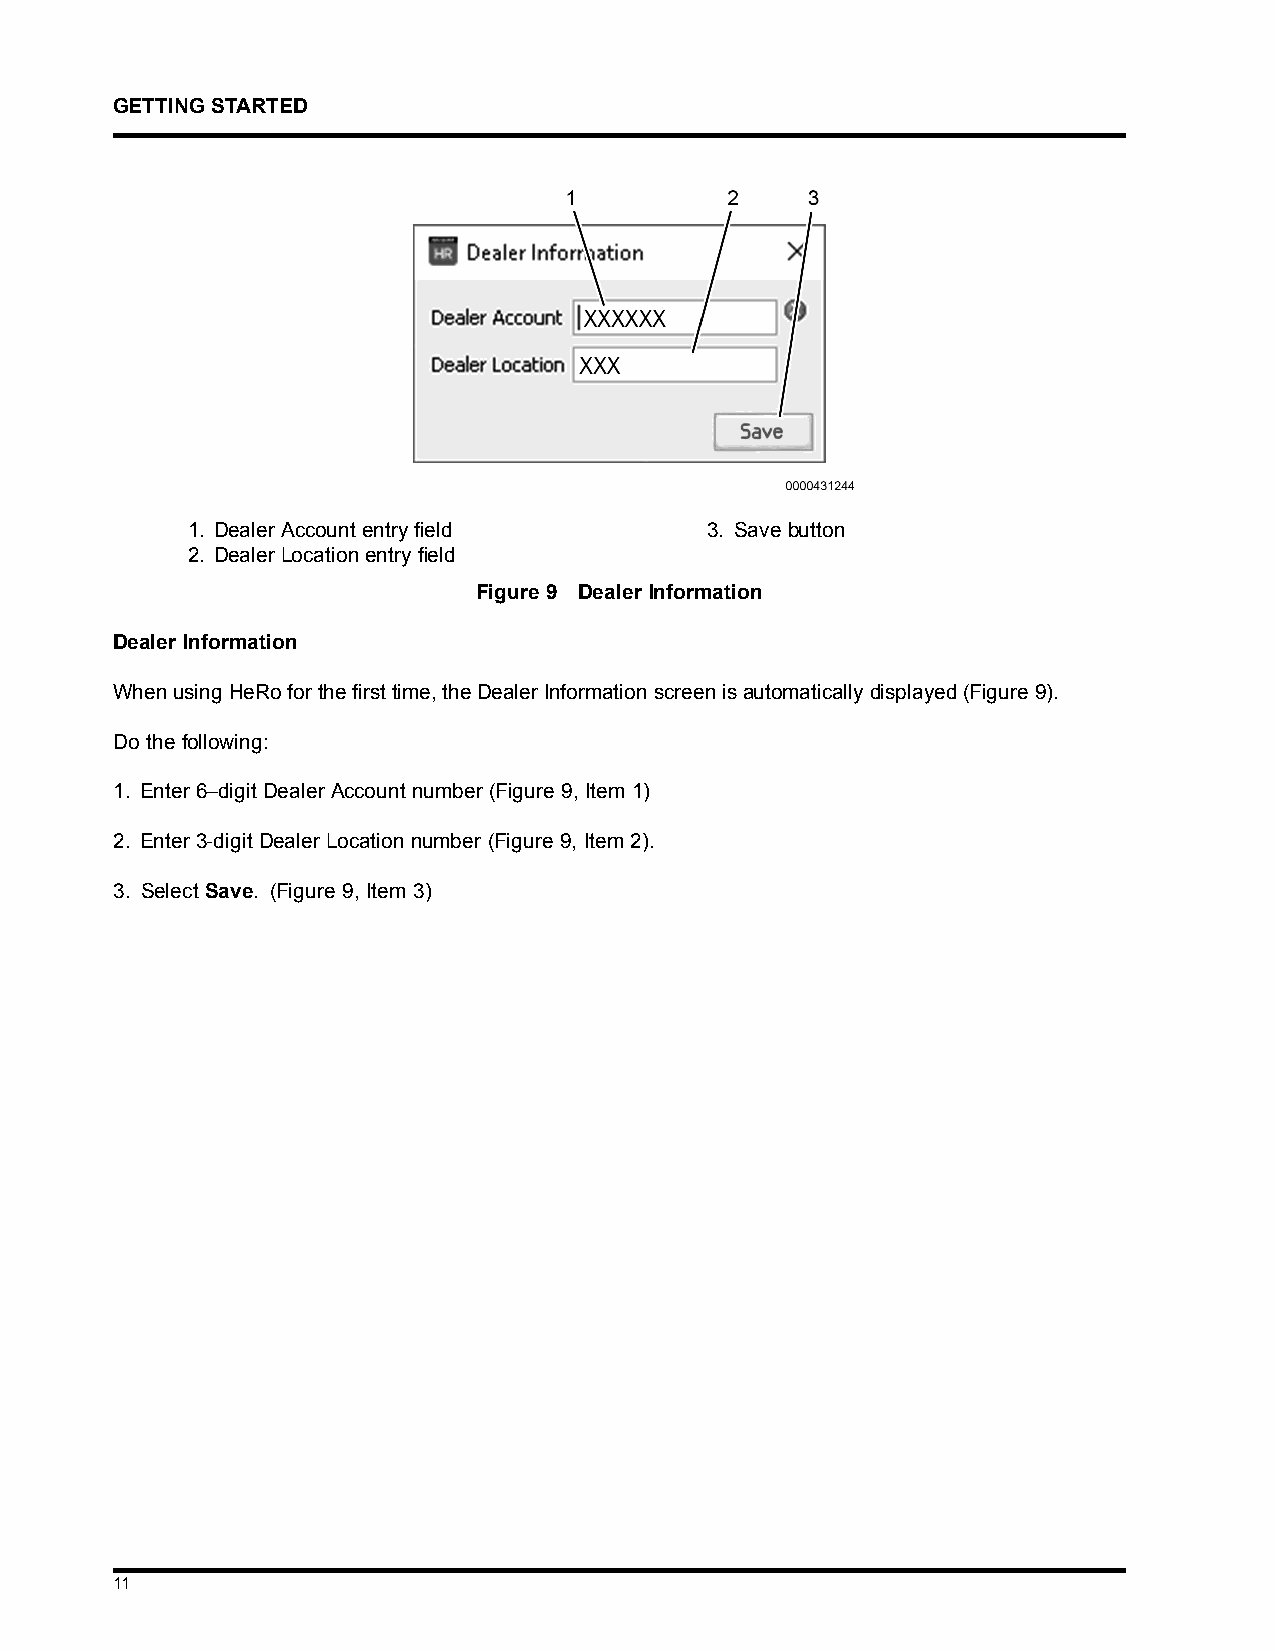
GETTINGSTARTED
 1. DealerAccountentryfield         3. Save button
 2. DealerLocationentryfield
 Figure 9 Dealer Information
 Dealer Information
 WhenusingHeRoforthefirsttime,theDealerInformationscreenisautomaticallydisplayed(Figure9).
 Do the following:
 1. Enter 6–digit Dealer Account number (Figure 9, Item 1)
 2. Enter 3-digit Dealer Location number (Figure 9, Item 2).
 3. Select Save. (Figure 9, Item 3)
 11